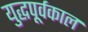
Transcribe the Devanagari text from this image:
युद्धपूर्वकाल